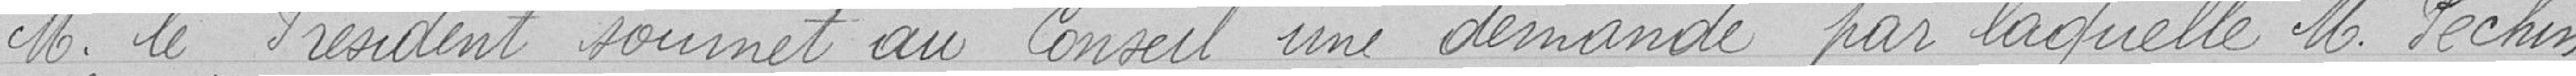
Monsieur le Président soumet au conseil une demande par laquelle Monsieur Péchin